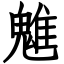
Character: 魋